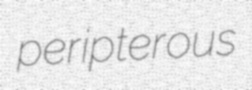
peripterous